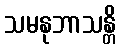
သမနုဘာသန္တိ